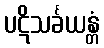
ပဋိသင်္ခယန္တံ